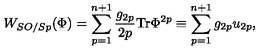
W _ { S O / S p } ( \Phi ) = \sum _ { p = 1 } ^ { n + 1 } \frac { g _ { 2 p } } { 2 p } \mathrm { T r } \Phi ^ { 2 p } \equiv \sum _ { p = 1 } ^ { n + 1 } g _ { 2 p } u _ { 2 p } ,